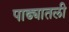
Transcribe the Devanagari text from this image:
पाढ्यातली